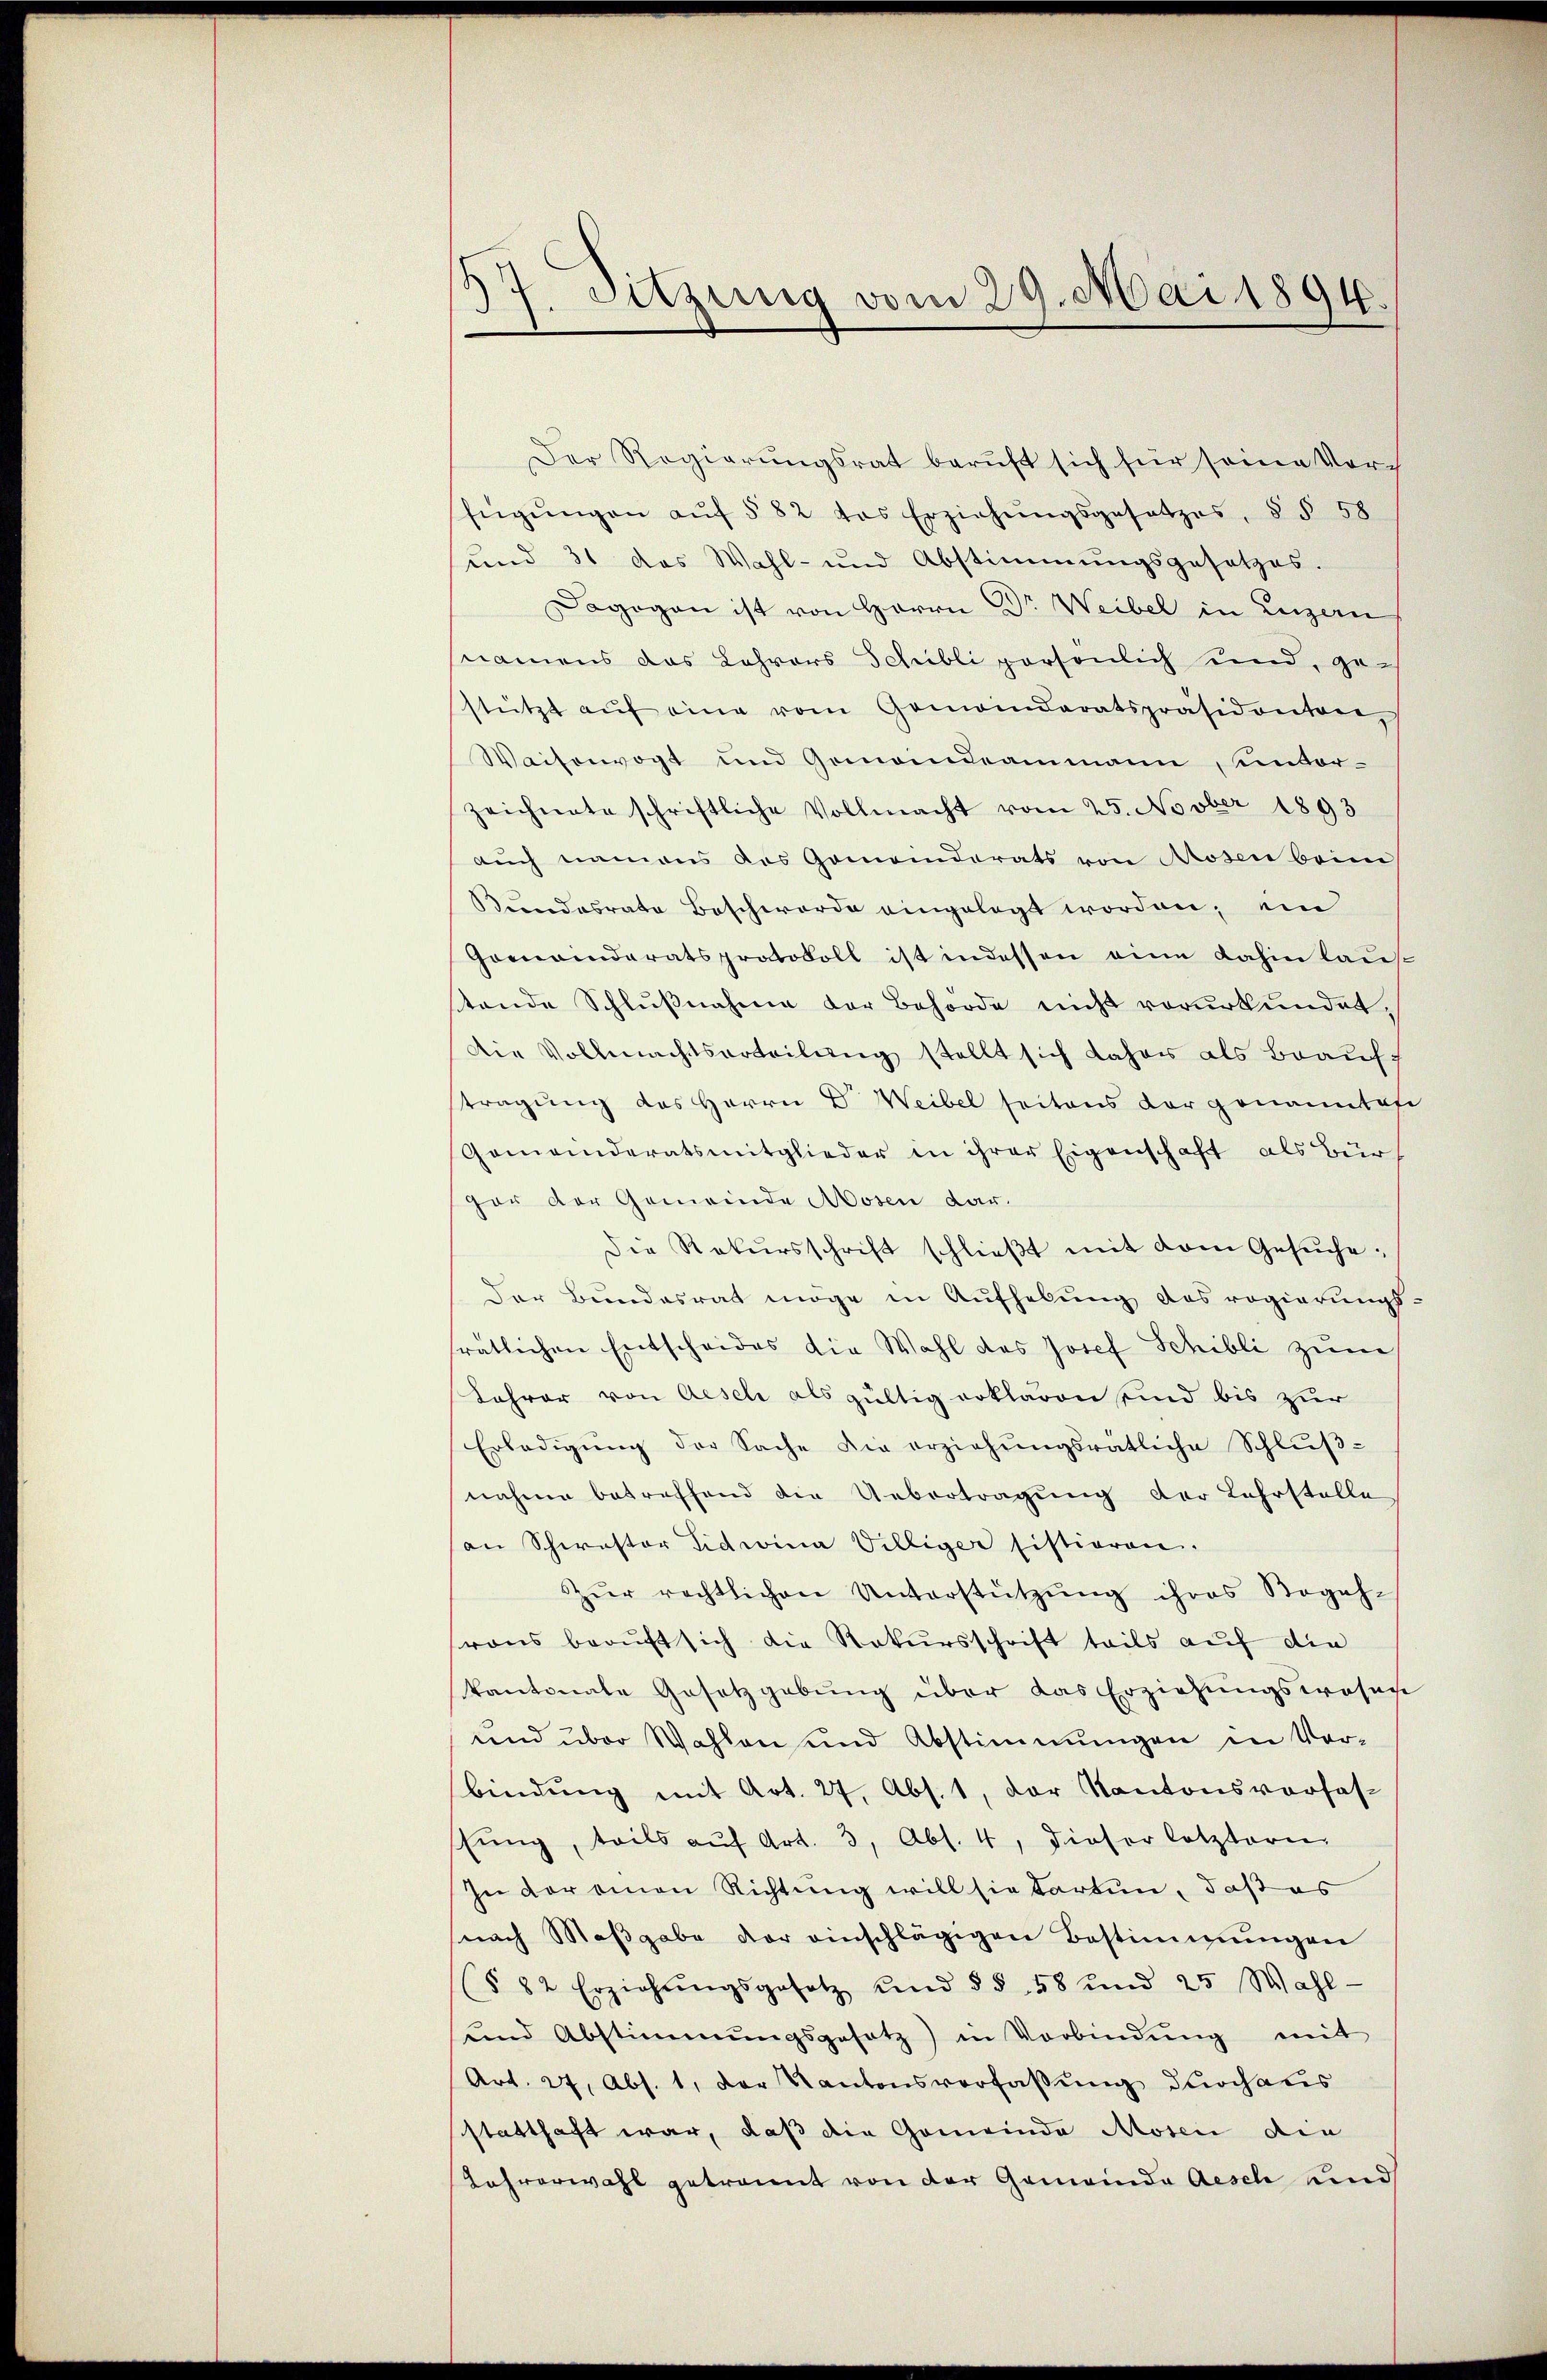
37. Sitzung vom 29. Mai 1894.

Der Regierungsrat beruft sich für seine Vorfügŭngen aŭf § 82 das Erziehŭngsgesetzes, §§ 58
und 31 das Wahl- und Abstimmungsgesetzes.
Dagegen ist von Herrn Dr Weibel in Luzern
snamens das Lehrers Schilli persönlich und, gestützt aŭf eine vom Gemeinderatspräsidenten,
Waisenvogt und Gemandeammann, unter-
zeichnete schriftliche Vollmacht vom 25. Novber 1893
auch namens des Gemeinderats von Rosen beim
Kundesrate Beschwerde eingelegt worden; ein
Gemeinderatsprotokoll ist indessen eine dahinkauf
tende Schlußnahme der Behörde nicht vorurkundet,
Die Vollmachtserteilung stellt sich daher als Brauch
tragung das Herrn Dr. Weibel seitens der genanntete
Gemeinderatsmitglieder in ihrer Eigenschaft als Bürgar der Gemeinde Mosen dar.
Die Rekursschrift schlieβt mit dem Gesŭche¬
Der Bundesrat möge in Aufhebung das regierungsfratlichen Entscheides die Wahl des Josef Schilli zum
Lohrer von Aesch als gültig erklären sind bis zur
Erledigŭng der Sache die erziehŭngsrätliche Schlŭβ-
nahme betreffend die Uebertragung der Lehrstelle
an Schwastor Tidwina Villiger sistieren.
Zŭr rechtlichen Unterstützŭng ihres Begeh-
rons beauft sich die Rekursschrift teils auf die
kantonale Gesetzgebung über das Erziehungswosas
und über Wahlen und Abstimmungen in Vor-
bindung mit Art. 27, Abs. 1, der Kantonsverfas-
ssŭng, teils aŭf Art. 3, Abs. 4, dieser letztern
In der einen Richtung will sie tarten, daß es
nach Maβgabe der einschlägigen Bestimmungen
(§ 82 Erziehŭngsgesetz und §§ 58 und 25 Wahl-
und Abstimmungsgesetz) in Verbindŭng mit
Art. 27, Abs. 1, der Kantonsverfassung durchaus
sstatthaft war, daß die Gemeinde Mosen den
Lehrerwahl getrannt von der Gemeinde Aesch und